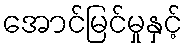
အောင်မြင်မှုနှင့်